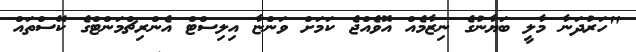
"ހަރުދަނާ މާލީ ބަޔާނުގެ ނިޒާމެއް އޮވެއްޖެ ކަމަށް ވަންޏާ އިލިސްޓް އެންރިޗްމަންޓްގެ ކޭސްތައް